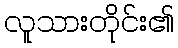
လူသားတိုင်း၏